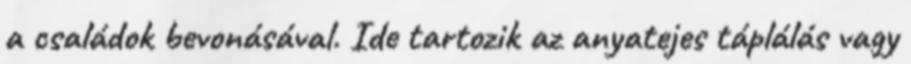
a családok bevonásával. Ide tartozik az anyatejes táplálás vagy